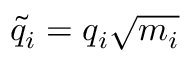
\tilde { q } _ { i } = q _ { i } \sqrt { m _ { i } }